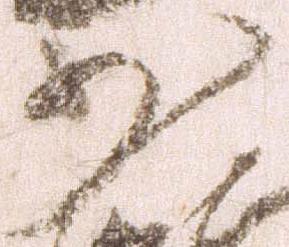
少